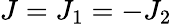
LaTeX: J=J_{1}=-J_{2}